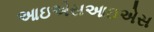
આઇએસઆઇએસ